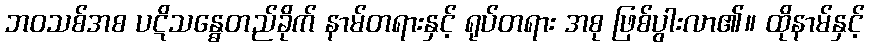
ဘဝသစ်အစ ပဋိသန္ဓေတည်ခိုက် နာမ်တရားနှင့် ရုပ်တရား အစု ဖြစ်ပွါးလာ၏။ ထိုနာမ်နှင့်